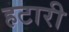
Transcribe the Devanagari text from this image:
हटारी